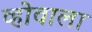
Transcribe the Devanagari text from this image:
व्होवाला